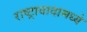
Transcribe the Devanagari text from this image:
राष्ट्रावादामध्ये